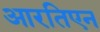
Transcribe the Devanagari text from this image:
आरतिएन